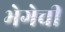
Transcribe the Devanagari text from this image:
भेगेची